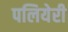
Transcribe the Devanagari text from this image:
पलियेरी